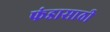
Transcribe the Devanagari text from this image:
फंडासाठी